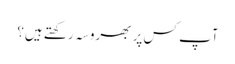
آپ کس پر بھروسہ رکھتے ہیں؟